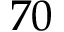
7 0